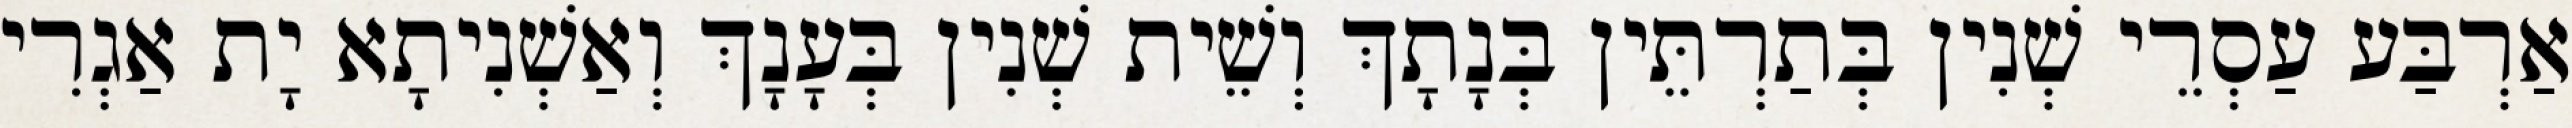
אַרְבַּע עַסְרֵי שְׁנִין בְּתַרְתֵּין בְּנָתָךְ וְשֵׁית שְׁנִין בְּעָנָךְ וְאַשְׁנִיתָא יָת אַגְרִי